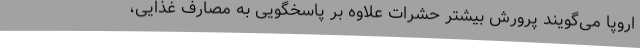
اروپا می‌گویند پرورش بیشتر حشرات علاوه بر پاسخگویی به مصارف غذایی،